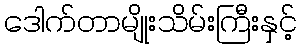
ဒေါက်တာမျိုးသိမ်းကြီးနှင့်